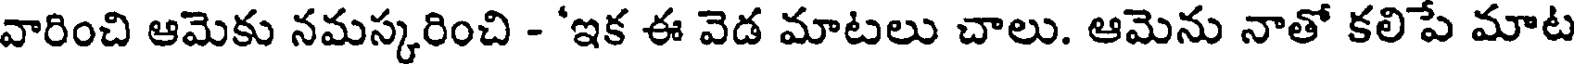
వారించి ఆమెకు నమస్కరించి - 'ఇక ఈ వెడ మాటలు చాలు. ఆమెను నాతో కలిపే మాట